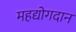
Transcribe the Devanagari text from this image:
महद्योगदान